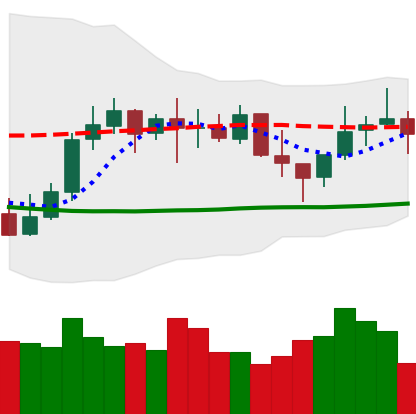
Ticker: LINK-USD
Chart end date: 2021-10-17
Forward return: 7.988%
Label: up_7plus